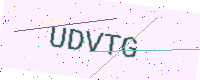
Text: UDVTG